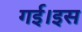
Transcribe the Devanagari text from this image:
गई।इस